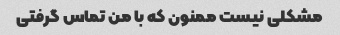
مشکلی نیست ممنون که با من تماس گرفتی